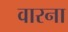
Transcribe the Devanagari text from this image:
वारना